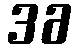
36